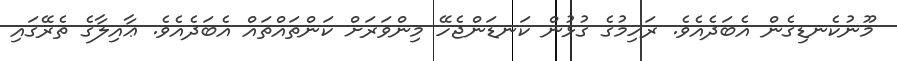
މޫނުކެނޑިގެން އެބަދެއެވެ. ރަހިމުގެ ގުޅުން ކަނޑަންޖެހޭ މިންވަރަށް ކަންތައްތައް އެބަދެއެވެ. ޢާއިލާގެ ތެރޭގައި